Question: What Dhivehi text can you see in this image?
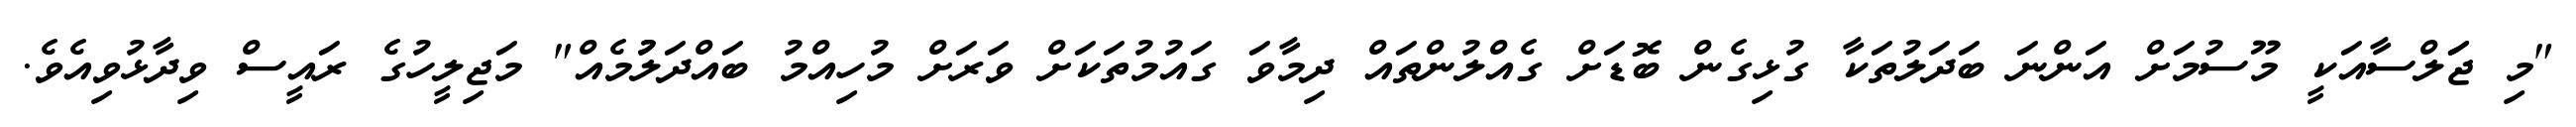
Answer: "މި ޖަަލްސާއަކީ މޫސުމަށް އަންނަ ބަދަލުތަކާ ގުޅިގެން ބޮޑަށް ގެއްލުންތައް ދިމާވަ ގައުމުތަކަށް ވަރަށް މުހިއްމު ބައްދަލުުމެއް" މަޖިލީހުގެ ރައީސް ވިދާޅުވިއެވެ.